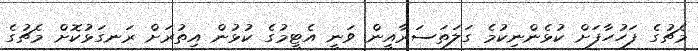
މެޗުގެ ފަހުހާފަށް ކުޅެންނިކުމެ ގަލަތަސަރާއީން ވަނީ އެޓީމުގެ ކުޅުން އިތުރަށް ރަނގަޅުކޮށް މެޗުގެ